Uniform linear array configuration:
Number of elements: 48
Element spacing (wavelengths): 0.5
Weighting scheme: hamming
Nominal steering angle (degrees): -45
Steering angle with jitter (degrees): -44.415
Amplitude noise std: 0.05
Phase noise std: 0.05

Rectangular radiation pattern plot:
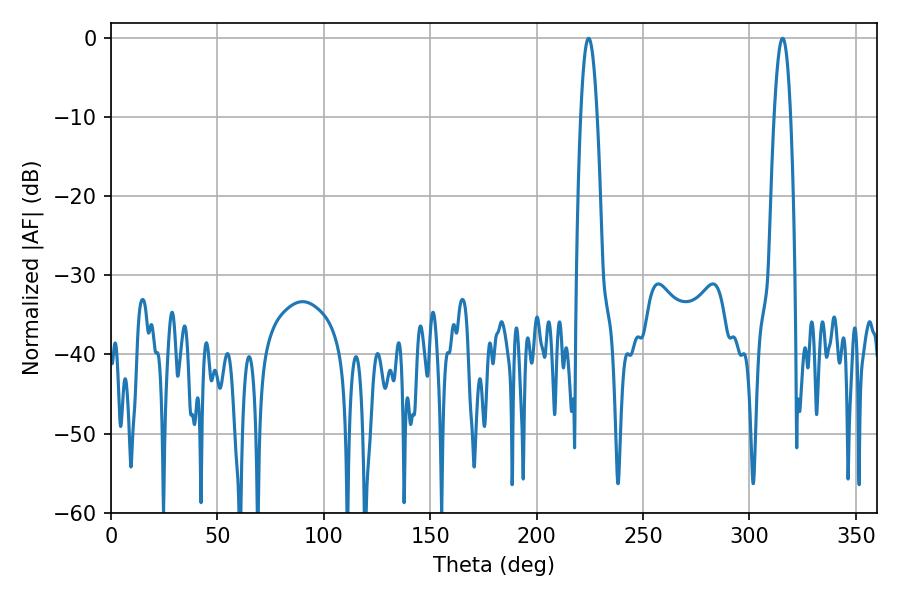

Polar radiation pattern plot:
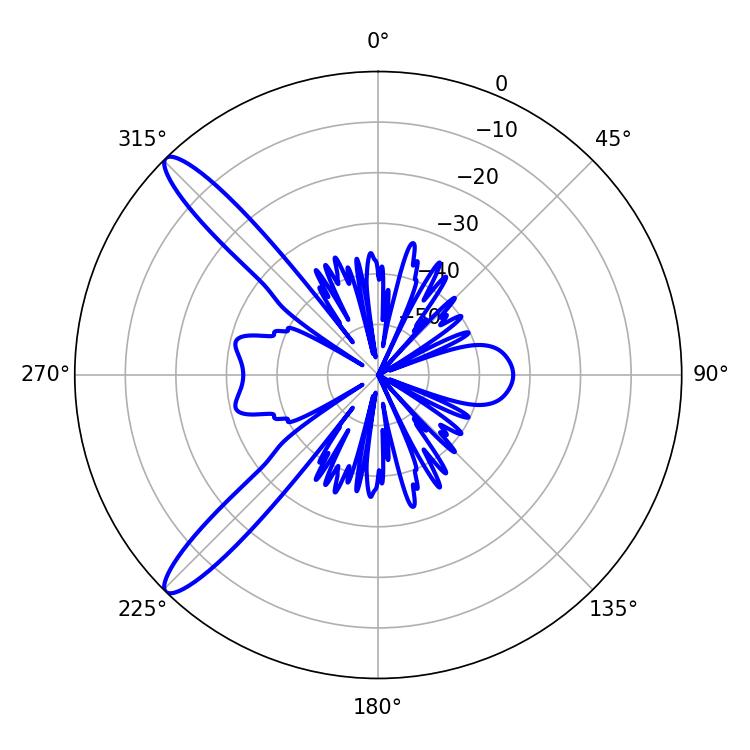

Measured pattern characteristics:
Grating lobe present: FALSE
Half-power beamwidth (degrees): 4.32
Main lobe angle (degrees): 224.46